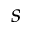
s